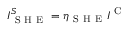
I _ { \mathrm { ~ S ~ H ~ E ~ } } ^ { S } = \eta _ { \mathrm { ~ S ~ H ~ E ~ } } I ^ { \mathrm { ~ C ~ } }